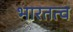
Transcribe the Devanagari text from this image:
भारतत्व